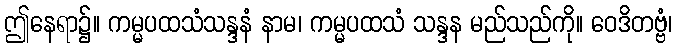
ဤနေရာ၌။ ကမ္မပထသံသန္ဒနံ နာမ၊ ကမ္မပထသံ သန္ဒန မည်သည်ကို။ ဝေဒိတဗ္ဗံ၊